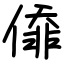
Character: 㒎